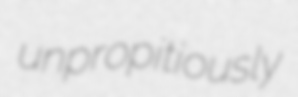
unpropitiously